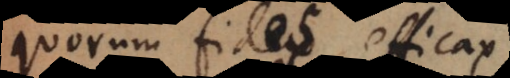
quorum fides efficax